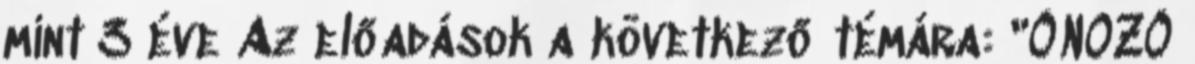
mint 3 éve Az előadások a következő témára: "ÓNOZÓ